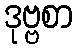
ဒုဗ္ဗစာ